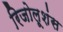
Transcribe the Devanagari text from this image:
रिजोलूशंस